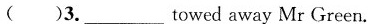
( )3.___towedaway Mr Green.